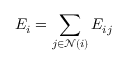
E _ { i } = \sum _ { j \in \mathcal { N } ( i ) } { E _ { i j } }